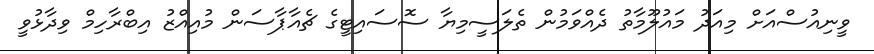
ވީނިއުސްއަށް މިއަދު މައުލޫމާތު ދެއްވަމުން ތެލަސީމިޔާ ސޮސައިޓީގެ ޗެއާޕާސަން މުއިއްޒު އިބްރާހިމް ވިދާޅުވީ